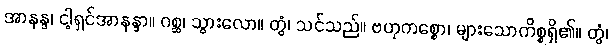
အာနန္ဒ၊ ငါ့ရှင်အာနန္ဒာ။ ဂစ္ဆ၊ သွားလော။ တွံ၊ သင်သည်။ ဗဟုကစ္စော၊ များသောကိစ္စရှိ၏။ တွံ၊